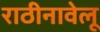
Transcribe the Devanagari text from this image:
राठीनावेलू